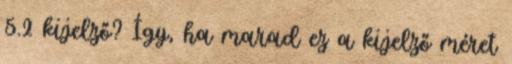
5.2 kijelző? Így, ha marad ez a kijelző méret